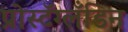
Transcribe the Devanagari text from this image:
प्रोस्टॅग्लँडिन